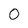
Character: 0